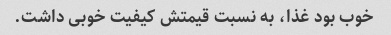
خوب بود غذا، به نسبت قیمتش کیفیت خوبی داشت.